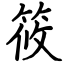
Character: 筱